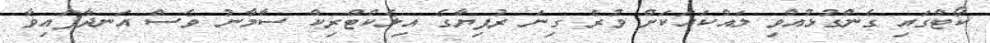
ކޯޓްގައި ގެންގުޅުއްވި ލައްކައަކަށް ވުރެ ގިނަ ރުފިޔާގެ އިލެކްޓްރިކް ސާމާނު ވެސް އަނދާފައިވާ